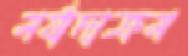
মর্যাদাক্রম